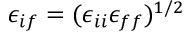
\epsilon _ { i f } = ( \epsilon _ { i i } \epsilon _ { f f } ) ^ { 1 / 2 }